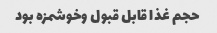
حجم غذا قابل قبول وخوشمزه بود